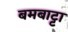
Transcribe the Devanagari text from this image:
बमबाट्टा